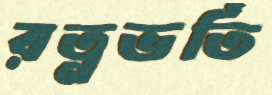
রত্নভর্তি